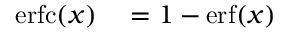
\begin{array} { r l } { \operatorname { e r f c } ( x ) } & { { } = 1 - \operatorname { e r f } ( x ) } \end{array}